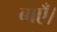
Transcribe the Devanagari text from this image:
बाएँ।